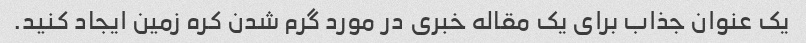
یک عنوان جذاب برای یک مقاله خبری در مورد گرم شدن کره زمین ایجاد کنید.